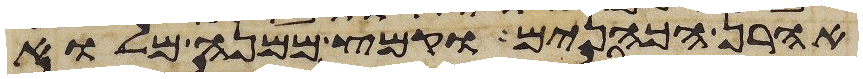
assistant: אהרן הכהנים וקמץ ממנה מלוא